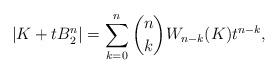
LaTeX: \begin{align*}|K+tB_2^n|=\sum_{k=0}^n\binom{n}{k}W_{n-k}(K)t^{n-k},\end{align*}